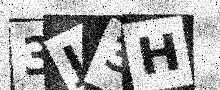
Text: 3J3H